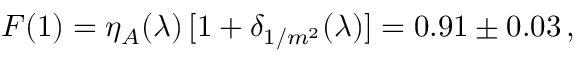
{ \cal F } ( 1 ) = \eta _ { A } ( \lambda ) \, [ 1 + \delta _ { 1 / m ^ { 2 } } ( \lambda ) ] = 0 . 9 1 \pm 0 . 0 3 \, ,